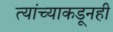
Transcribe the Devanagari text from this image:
त्यांच्याकडूनही